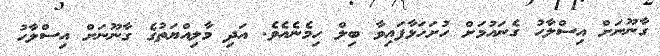
ގާނޫނަށް އިސްލާހު ގެނައުމަށް ހުށަހަޅާފައިވާ ބިލް ހިމެނެއެވެ. އަދި މާލިއްޔަތުގެ ގާނޫނަށް އިސްލާހު